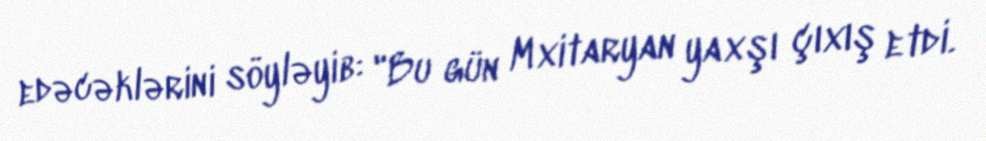
edəcəklərini söyləyib: "Bu gün Mxitaryan yaxşı çıxış etdi.